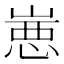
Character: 𰎮